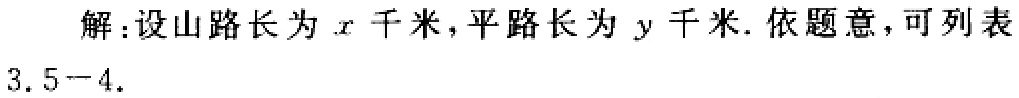
解：设山路长为\(x\)千米，平路长为\(y\)千米. 依题意，可列表
\(3.5 - 4\).